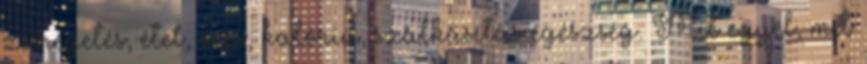
zsírégetés, étel, evés, kalória, szálkásítás egészség. Mit egyél, mit